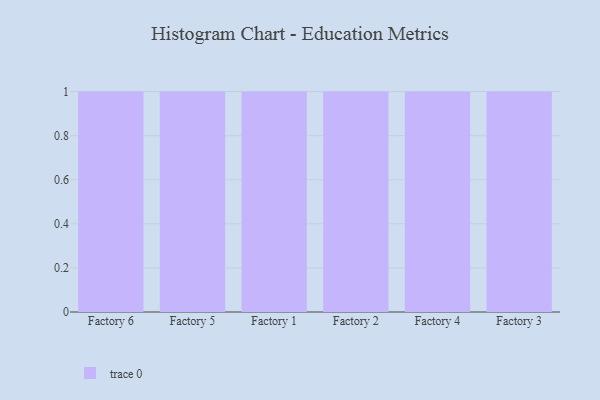
{"axis": {"x": "Factory", "y": "Inventory Turnover"}, "legend": [""], "data": [{"x": "Factory 6", "y": 20, "type": ""}, {"x": "Factory 5", "y": 68, "type": ""}, {"x": "Factory 1", "y": 83, "type": ""}, {"x": "Factory 2", "y": 88, "type": ""}, {"x": "Factory 4", "y": 84, "type": ""}, {"x": "Factory 3", "y": 98, "type": ""}]}